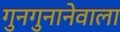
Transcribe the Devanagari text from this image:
गुनगुनानेवाला